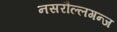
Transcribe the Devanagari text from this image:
नसरौल्लगन्ज